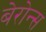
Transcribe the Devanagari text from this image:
बेरोन्स